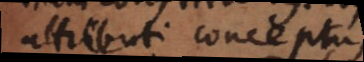
attributi conceptus